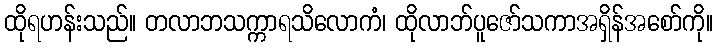
ထိုရဟန်းသည်။ တလာဘသက္ကာရသိလောကံ၊ ထိုလာဘ်ပူဇော်သကာအရှိန်အစော်ကို။